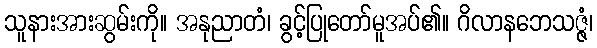
သူနားအားဆွမ်းကို။ အနုညာတံ၊ ခွင့်ပြုတော်မူအပ်၏။ ဂိလာနဘေသဇ္ဇံ၊